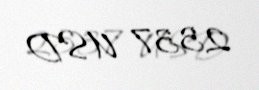
2337 USD